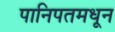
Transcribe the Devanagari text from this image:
पानिपतमधून